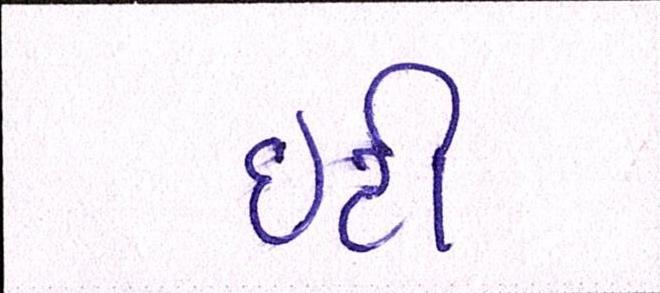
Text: ઇટી